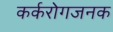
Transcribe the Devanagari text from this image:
कर्करोगजनक